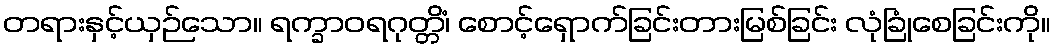
တရားနှင့်ယှဉ်သော။ ရက္ခာဝရဂုတ္တိံ၊ စောင့်ရှောက်ခြင်းတားမြစ်ခြင်း လုံခြုံစေခြင်းကို။